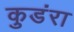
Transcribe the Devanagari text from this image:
कुडंरा